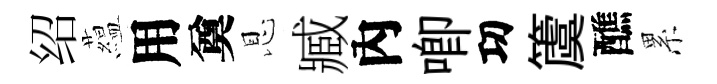
绍藴用奠恩臧內唧㓛𥵂醮累